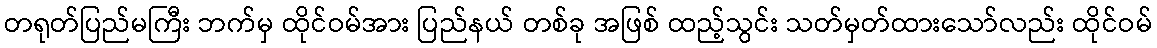
တရုတ်ပြည်မကြီး ဘက်မှ ထိုင်ဝမ်အား ပြည်နယ် တစ်ခု အဖြစ် ထည့်သွင်း သတ်မှတ်ထားသော်လည်း ထိုင်ဝမ်